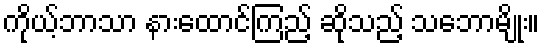
ကိုယ့်ဘာသာ နားထောင်ကြည့် ဆိုသည့် သဘောမျိုး။